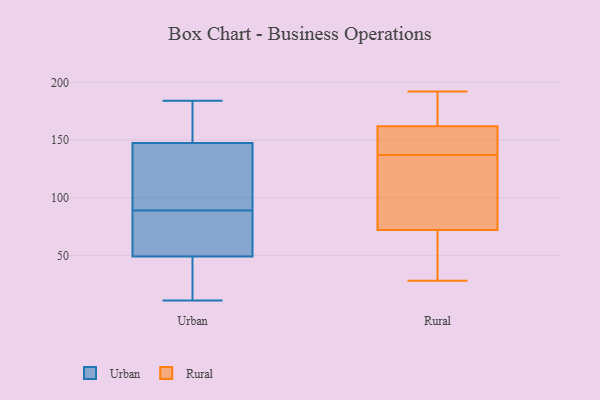
{"axis": {"x": "Humidity (%)", "y": "Value"}, "legend": ["Rural", "Urban"], "data": [{"x": "", "y": 183, "type": "Urban"}, {"x": "", "y": 37, "type": "Urban"}, {"x": "", "y": 178, "type": "Urban"}, {"x": "", "y": 85, "type": "Urban"}, {"x": "", "y": 115, "type": "Urban"}, {"x": "", "y": 112, "type": "Urban"}, {"x": "", "y": 11, "type": "Urban"}, {"x": "", "y": 153, "type": "Urban"}, {"x": "", "y": 15, "type": "Urban"}, {"x": "", "y": 93, "type": "Urban"}, {"x": "", "y": 184, "type": "Urban"}, {"x": "", "y": 75, "type": "Urban"}, {"x": "", "y": 61, "type": "Urban"}, {"x": "", "y": 28, "type": "Urban"}, {"x": "", "y": 61, "type": "Urban"}, {"x": "", "y": 142, "type": "Urban"}, {"x": "", "y": 162, "type": "Rural"}, {"x": "", "y": 147, "type": "Rural"}, {"x": "", "y": 28, "type": "Rural"}, {"x": "", "y": 88, "type": "Rural"}, {"x": "", "y": 162, "type": "Rural"}, {"x": "", "y": 72, "type": "Rural"}, {"x": "", "y": 192, "type": "Rural"}, {"x": "", "y": 100, "type": "Rural"}, {"x": "", "y": 150, "type": "Rural"}, {"x": "", "y": 148, "type": "Rural"}, {"x": "", "y": 186, "type": "Rural"}, {"x": "", "y": 32, "type": "Rural"}, {"x": "", "y": 127, "type": "Rural"}, {"x": "", "y": 31, "type": "Rural"}]}